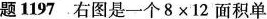
题1197.右图是一个8×12面积单